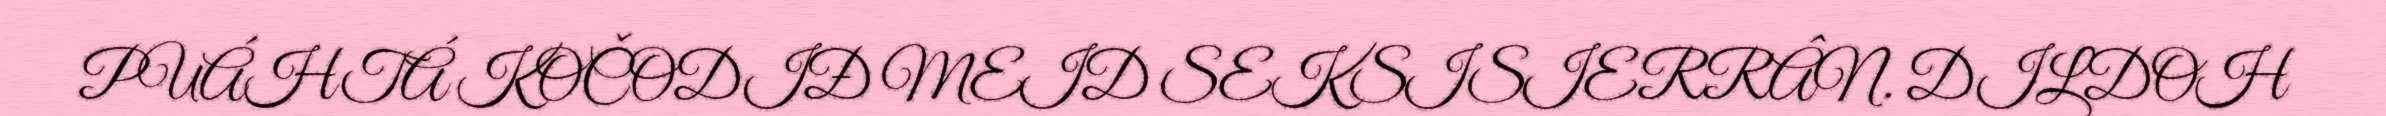
PUÁHTÁ KOČODIĐ MEID SEKSISIERRÂN. DILDOH